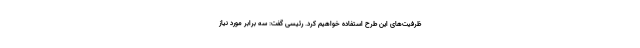
ظرفیت‌های این طرح استفاده خواهیم کرد. رئیسی گفت: سه برابر مورد نیاز